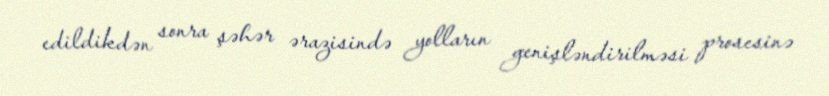
edildikdən sonra şəhər ərazisində yolların genişləndirilməsi prosesinə